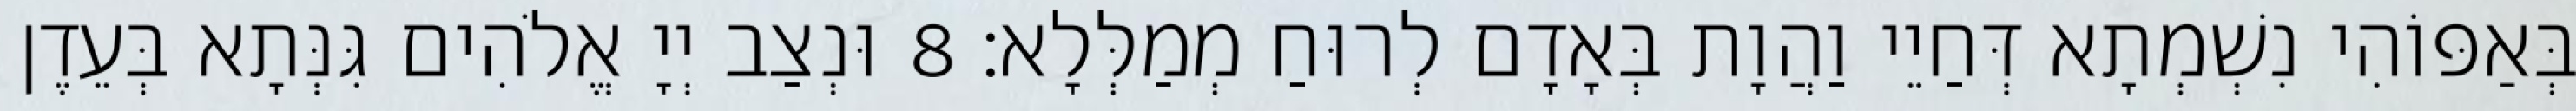
בְּאַפּוֹהִי נִשְׁמְתָא דְּחַיֵי וַהֲוָת בְּאָדָם לְרוּחַ מְמַלְּלָא׃ 8 וּנְצַב יְיָ אֱלֹהִים גִּנְּתָא בְּעֵדֶן